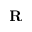
\mathbf { R }